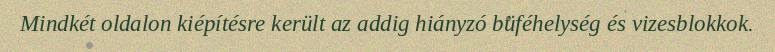
Mindkét oldalon kiépítésre került az addig hiányzó büféhelység és vizesblokkok.